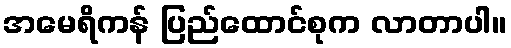
အမေရိကန် ပြည်ထောင်စုက လာတာပါ။